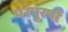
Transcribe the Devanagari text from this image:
परपुरषों